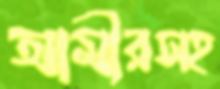
আমীরসহ